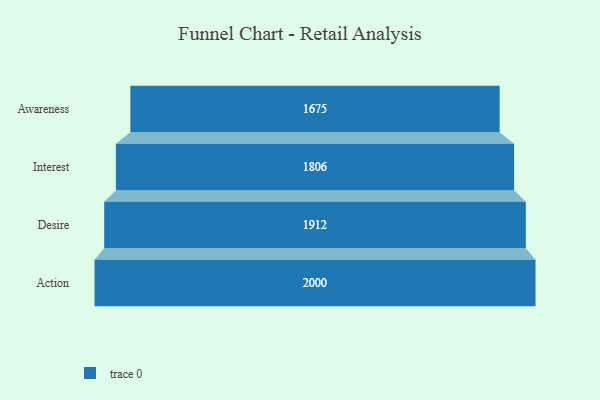
{"axis": {"x": "Stage", "y": "Value"}, "legend": [""], "data": [{"x": "Awareness", "y": 1675.0, "type": ""}, {"x": "Interest", "y": 1806.0, "type": ""}, {"x": "Desire", "y": 1912.0, "type": ""}, {"x": "Action", "y": 2000, "type": ""}]}